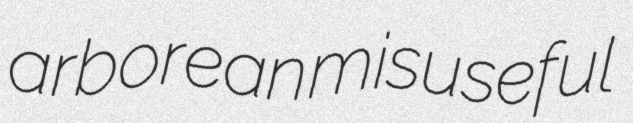
arborean misuseful